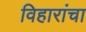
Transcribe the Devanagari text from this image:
विहारांचा